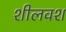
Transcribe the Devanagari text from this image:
शीलवश